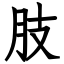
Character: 肢